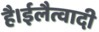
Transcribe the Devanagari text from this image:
है।ईलैत्वादी